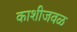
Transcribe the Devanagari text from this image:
काशीजवळ